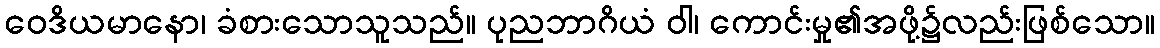
ဝေဒိယမာနော၊ ခံစားသောသူသည်။ ပုညဘာဂိယံ ဝါ၊ ကောင်းမှု၏အဖို့၌လည်းဖြစ်သော။